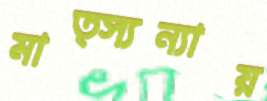
মাত্স্যন্যায়